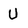
Character: U